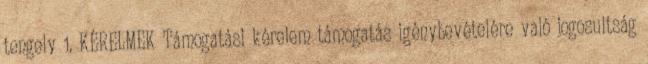
tengely 1. KÉRELMEK Támogatási kérelem támogatás igénybevételére való jogosultság